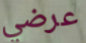
عرضي